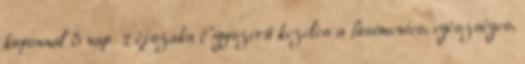
kuponnal 3 nap 2 éjszaka Egyszerű kezelés a füstmentes, egészséges,